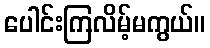
ပေါင်းကြလိမ့်မကွယ်။